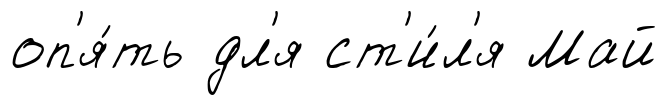
оп'я́ть дл'я ст'и́л'я Май